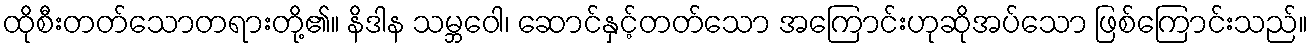
ထိုစီးတတ်သောတရားတို့၏။ နိဒါန သမ္ဘဝေါ၊ ဆောင်နှင့်တတ်သော အကြောင်းဟုဆိုအပ်သော ဖြစ်ကြောင်းသည်။